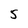
Character: 5